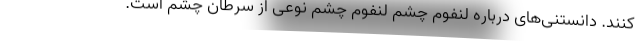
کنند. دانستنی‌های درباره لنفوم چشم لنفوم چشم نوعی از سرطان چشم است.